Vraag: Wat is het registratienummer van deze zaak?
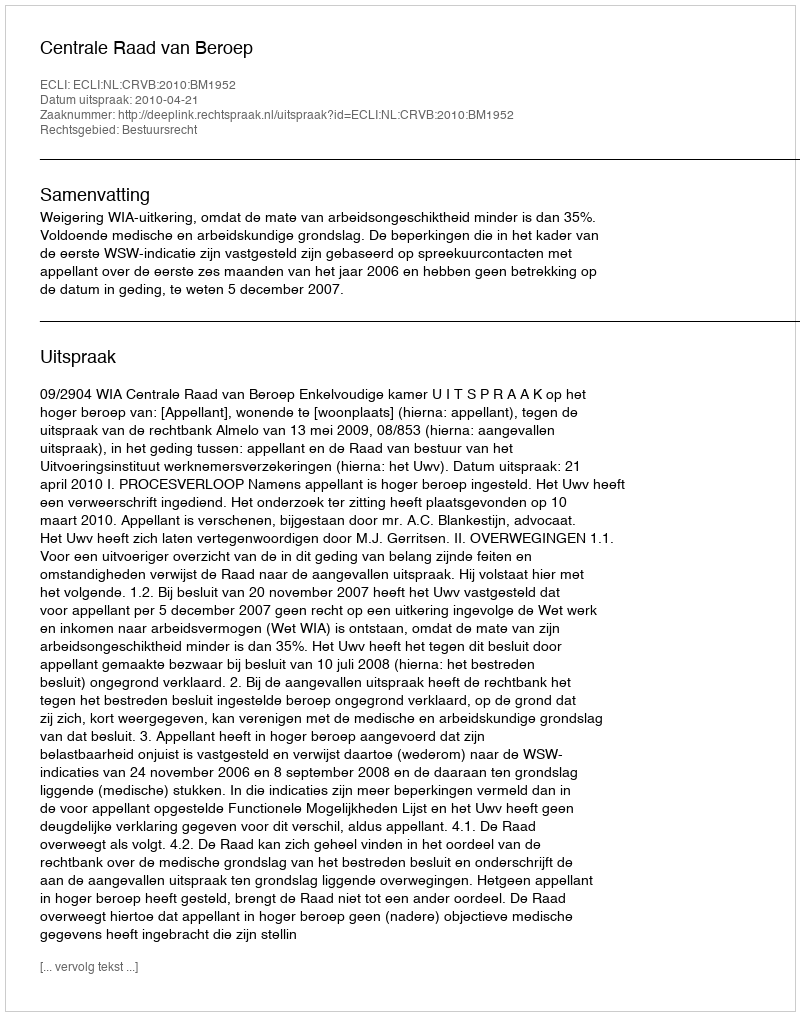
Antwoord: http://deeplink.rechtspraak.nl/uitspraak?id=ECLI:NL:CRVB:2010:BM1952